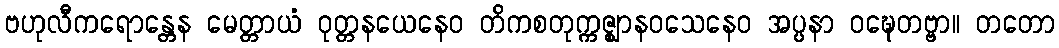
ဗဟုလီကရောန္တေန မေတ္တာယံ ဝုတ္တနယေနေဝ တိကစတုက္ကဇ္ဈာနဝသေနေဝ အပ္ပနာ ဝဍ္ဎေတဗ္ဗာ။ တတော